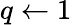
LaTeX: q\gets 1